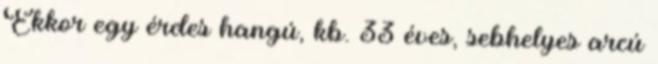
Ekkor egy érdes hangú, kb. 33 éves, sebhelyes arcú